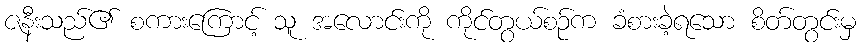
ဇနီးသည်၏ စကားကြောင့် သူ အလောင်းကို ကိုင်တွယ်စဉ်က ခံစားခဲ့ရသော စိတ်တွင်းမှ